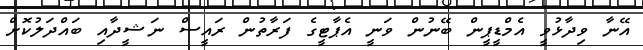
އޭނާ ވިދާޅުވީ އެމްޑީޕީން ބޭނުން ވަނީ އެޕާޓީގެ ފަރާތުން ރައީސް ނަޝީދާއި ބައްދަލުކޮށް